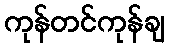
ကုန်တင်ကုန်ချ